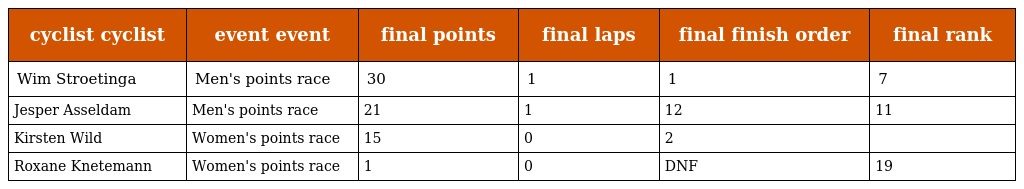
| cyclist cyclist | event event | final points | final laps | final finish order | final rank |
 | --- | --- | --- | --- | --- | --- |
 | Wim Stroetinga | Men's points race | 30 | 1 | 1 | 7 |
 | Jesper Asseldam | Men's points race | 21 | 1 | 12 | 11 |
 | Kirsten Wild | Women's points race | 15 | 0 | 2 |  |
 | Roxane Knetemann | Women's points race | 1 | 0 | DNF | 19 |